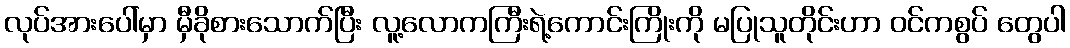
လုပ်အားပေါ်မှာ မှီခိုစားသောက်ပြီး လူ့လောကကြီးရဲ့ကောင်းကြိုးကို မပြုသူတိုင်းဟာ ဝင်ကစွပ် တွေပါ